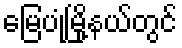
မြေပုံမြို့နယ်တွင်